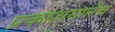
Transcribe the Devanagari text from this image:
प्रकाशनानेच